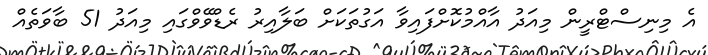
އެ މިނިސްޓްރީން މިއަދު އާއްމުކޮށްފައިވާ އަގުތަކަށް ބަލާއިރު ރެޑްވޭވްގައި މިއަދު 51 ބާވަތެއް